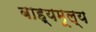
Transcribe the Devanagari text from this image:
बाह्यमूल्य